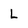
Character: L